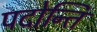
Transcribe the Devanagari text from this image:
पदोन्ति